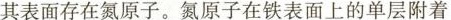
其表面存在氮原子。氮原子在铁表面上的单层附着